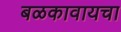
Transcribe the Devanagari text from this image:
बळकावायचा